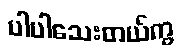
ပါပါသေးတယ်ကွ